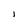
Character: 1